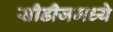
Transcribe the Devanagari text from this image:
सीडीजमध्ये